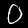
Digit: 0